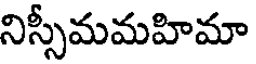
నిస్సీమమహిమా